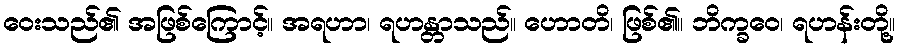
ဝေးသည်၏ အဖြစ်ကြောင့်။ အရဟာ၊ ရဟန္တာသည်။ ဟောတိ၊ ဖြစ်၏။ ဘိက္ခဝေ၊ ရဟန်းတို့။